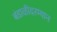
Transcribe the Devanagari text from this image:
बंडाळीदरम्यान